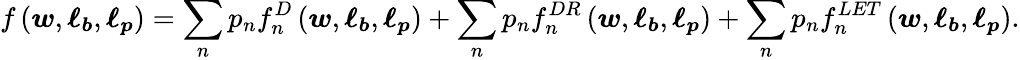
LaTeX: f\left(\boldsymbol{w},\boldsymbol{\ell_{b}},\boldsymbol{\ell_{p}}\right)=\sum_{n}p_{n}f_{n}^{D}\left(\boldsymbol{w},\boldsymbol{\ell_{b}},\boldsymbol{\ell_{p}}\right)+\sum_{n}p_{n}f_{n}^{DR}\left(\boldsymbol{w},\boldsymbol{\ell_{b}},\boldsymbol{\ell_{p}}\right)+\sum_{n}p_{n}f_{n}^{LET}\left(\boldsymbol{w},\boldsymbol{\ell_{b}},\boldsymbol{\ell_{p}}\right).